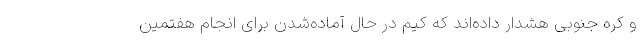
و کره جنوبی هشدار داده‌اند که کیم در حال آماده‌شدن برای انجام هفتمین